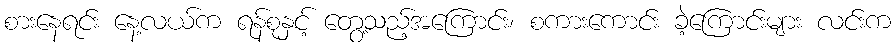
စားနေရင်း နေ့လယ်က ရန်စုနှင့် တွေ့သည့်အကြောင်း၊ စကားကောင်း ခဲ့ကြောင်းများ လင်းက